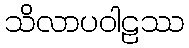
သိလာပဝါဠဿ